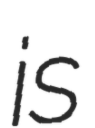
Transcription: is